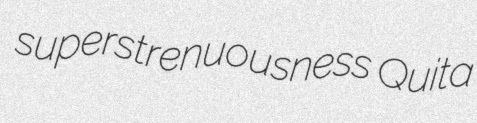
superstrenuousness Quita